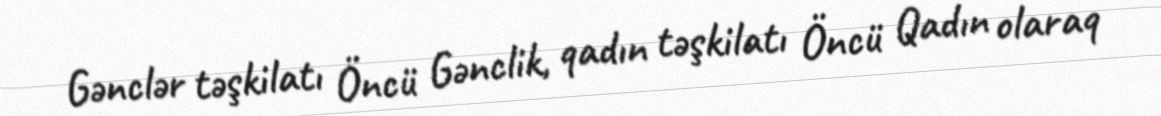
Gənclər təşkilatı Öncü Gənclik, qadın təşkilatı Öncü Qadın olaraq